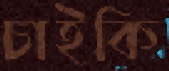
চাইকি